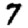
Digit: 7